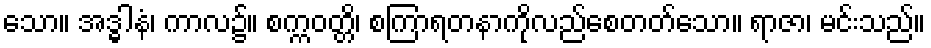
သော။ အဒ္ဓါနံ၊ ကာလ၌။ စက္ကဝတ္တိ၊ စကြာရတနာကိုလည်စေတတ်သော။ ရာဇာ၊ မင်းသည်။